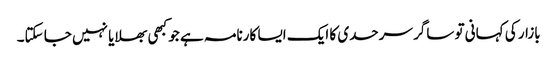
بازار کی کہانی تو ساگر سرحدی کا ایک ایسا کارنامہ ہے جو کبھی بھلایا نہیں جا سکتا۔